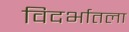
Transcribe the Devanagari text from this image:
विदर्भातला